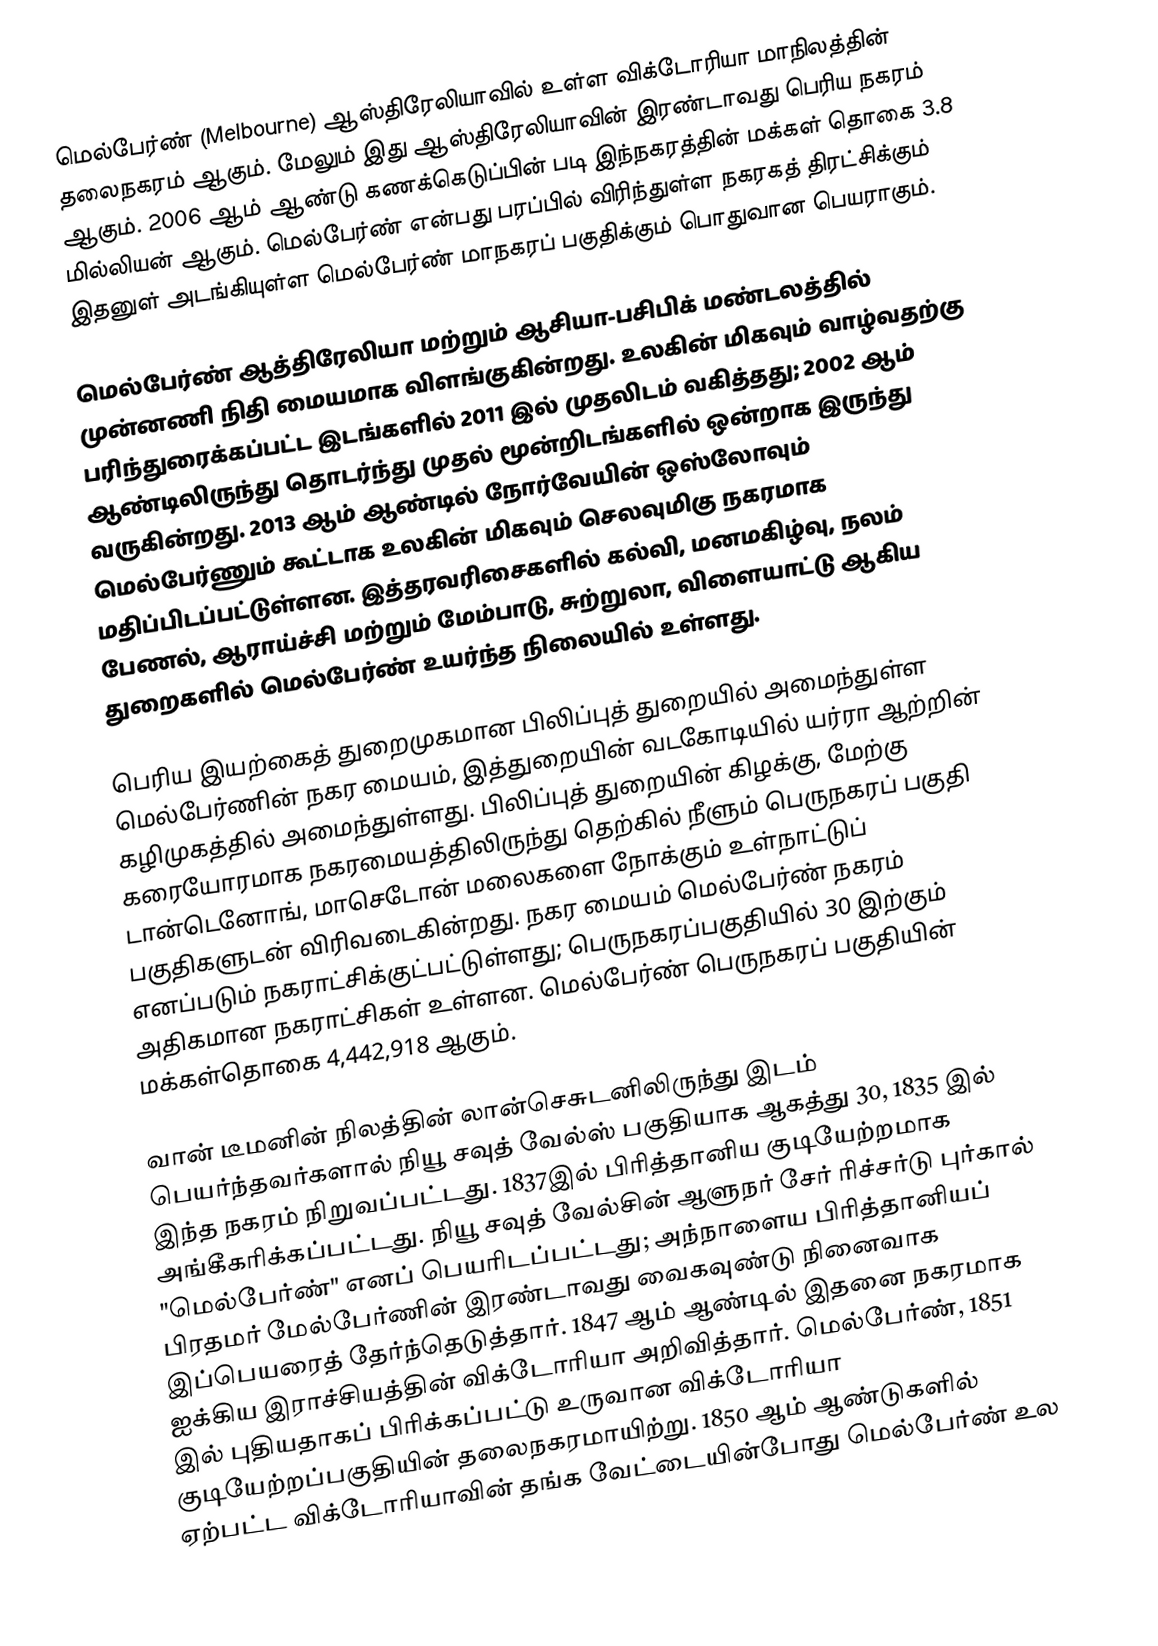
மெல்பேர்ண் (Melbourne) ஆஸ்திரேலியாவில் உள்ள விக்டோரியா மாநிலத்தின் தலைநகரம் ஆகும். மேலும் இது ஆஸ்திரேலியாவின் இரண்டாவது பெரிய நகரம் ஆகும். 2006 ஆம் ஆண்டு கணக்கெடுப்பின் படி இந்நகரத்தின் மக்கள் தொகை 3.8 மில்லியன் ஆகும். மெல்பேர்ண் என்பது  பரப்பில் விரிந்துள்ள நகரகத் திரட்சிக்கும் இதனுள் அடங்கியுள்ள மெல்பேர்ண் மாநகரப் பகுதிக்கும் பொதுவான பெயராகும்.

மெல்பேர்ண் ஆத்திரேலியா மற்றும் ஆசியா-பசிபிக் மண்டலத்தில் முன்னணி நிதி மையமாக விளங்குகின்றது. உலகின் மிகவும் வாழ்வதற்கு பரிந்துரைக்கப்பட்ட இடங்களில் 2011 இல் முதலிடம் வகித்தது; 2002 ஆம் ஆண்டிலிருந்து தொடர்ந்து முதல் மூன்றிடங்களில் ஒன்றாக இருந்து வருகின்றது. 2013 ஆம் ஆண்டில் நோர்வேயின் ஒஸ்லோவும் மெல்பேர்ணும் கூட்டாக உலகின் மிகவும் செலவுமிகு நகரமாக மதிப்பிடப்பட்டுள்ளன. இத்தரவரிசைகளில் கல்வி, மனமகிழ்வு, நலம் பேணல், ஆராய்ச்சி மற்றும் மேம்பாடு, சுற்றுலா, விளையாட்டு ஆகிய துறைகளில் மெல்பேர்ண் உயர்ந்த நிலையில் உள்ளது.

பெரிய இயற்கைத் துறைமுகமான பிலிப்புத் துறையில் அமைந்துள்ள மெல்பேர்ணின் நகர மையம், இத்துறையின் வடகோடியில் யர்ரா ஆற்றின் கழிமுகத்தில் அமைந்துள்ளது.  பிலிப்புத் துறையின் கிழக்கு, மேற்கு கரையோரமாக நகரமையத்திலிருந்து தெற்கில் நீளும் பெருநகரப் பகுதி டான்டெனோங், மாசெடோன் மலைகளை நோக்கும் உள்நாட்டுப் பகுதிகளுடன் விரிவடைகின்றது. நகர மையம் மெல்பேர்ண் நகரம் எனப்படும் நகராட்சிக்குட்பட்டுள்ளது; பெருநகரப்பகுதியில் 30 இற்கும் அதிகமான நகராட்சிகள் உள்ளன. மெல்பேர்ண் பெருநகரப் பகுதியின் மக்கள்தொகை 4,442,918 ஆகும்.

வான் டீமனின் நிலத்தின் லான்செசுடனிலிருந்து இடம் பெயர்ந்தவர்களால் நியூ சவுத் வேல்ஸ் பகுதியாக ஆகத்து 30, 1835 இல் இந்த நகரம் நிறுவப்பட்டது. 1837இல் பிரித்தானிய  குடியேற்றமாக அங்கீகரிக்கப்பட்டது. நியூ சவுத் வேல்சின் ஆளுநர் சேர் ரிச்சர்டு புர்கால் "மெல்பேர்ண்" எனப் பெயரிடப்பட்டது; அந்நாளைய பிரித்தானியப் பிரதமர் மேல்பேர்ணின் இரண்டாவது வைகவுண்டு நினைவாக இப்பெயரைத் தேர்ந்தெடுத்தார். 1847 ஆம் ஆண்டில் இதனை நகரமாக ஐக்கிய இராச்சியத்தின் விக்டோரியா அறிவித்தார். மெல்பேர்ண், 1851 இல் புதியதாகப் பிரிக்கப்பட்டு உருவான விக்டோரியா குடியேற்றப்பகுதியின் தலைநகரமாயிற்று. 1850 ஆம் ஆண்டுகளில் ஏற்பட்ட  விக்டோரியாவின் தங்க வேட்டையின்போது மெல்பேர்ண் உல